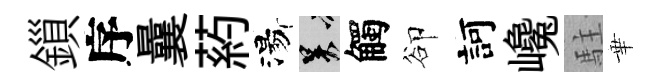
鎻序曩葯湯吴觸卻訶巉駐華